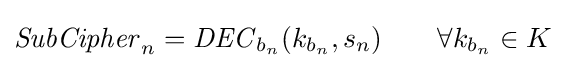
{\mathit {SubCipher}}_{n}={\mathit {DEC}}_{b_{n}}(k_{b_{n}},s_{n})\qquad \forall k_{b_{n}}\in K